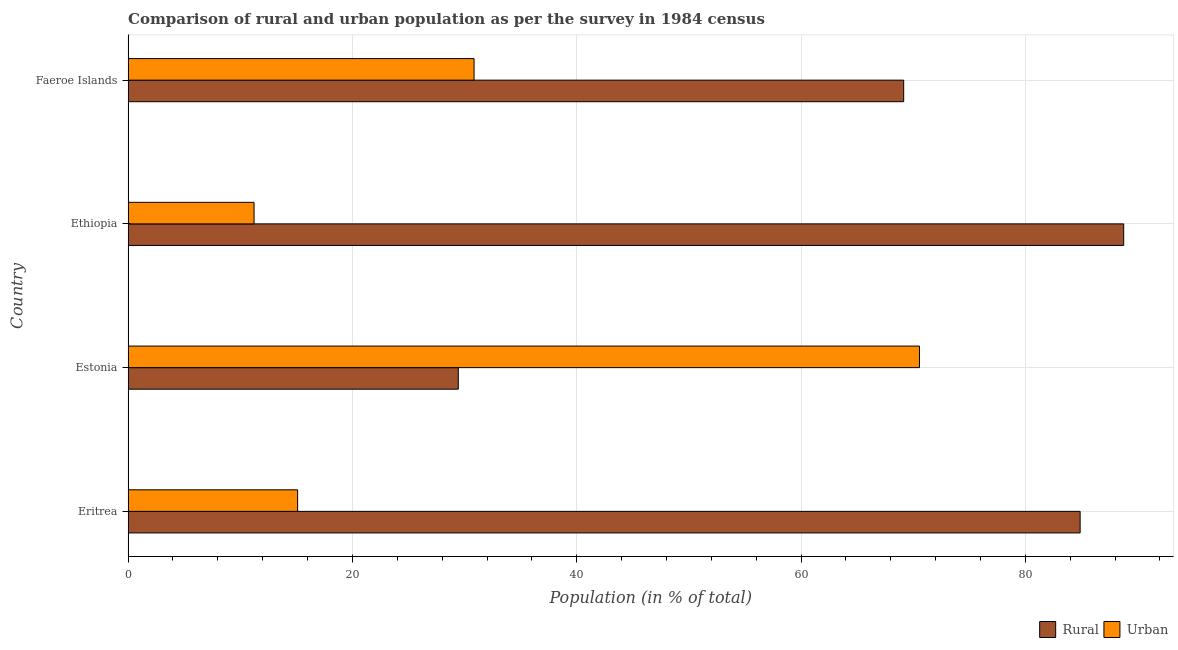
| Country | Rural | Urban |
 | --- | --- | --- |
 | Eritrea | 84.9 | 15.1 |
 | Estonia | 29.4 | 70.6 |
 | Ethiopia | 88.8 | 11.2 |
 | Faeroe Islands | 69.2 | 30.8 |